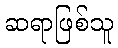
ဆရာဖြစ်သူ